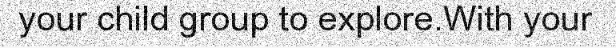
your child group to explore.With your